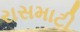
રાસમાટી